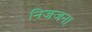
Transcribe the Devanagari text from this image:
निजजना